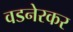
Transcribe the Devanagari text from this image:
वडनेरकर